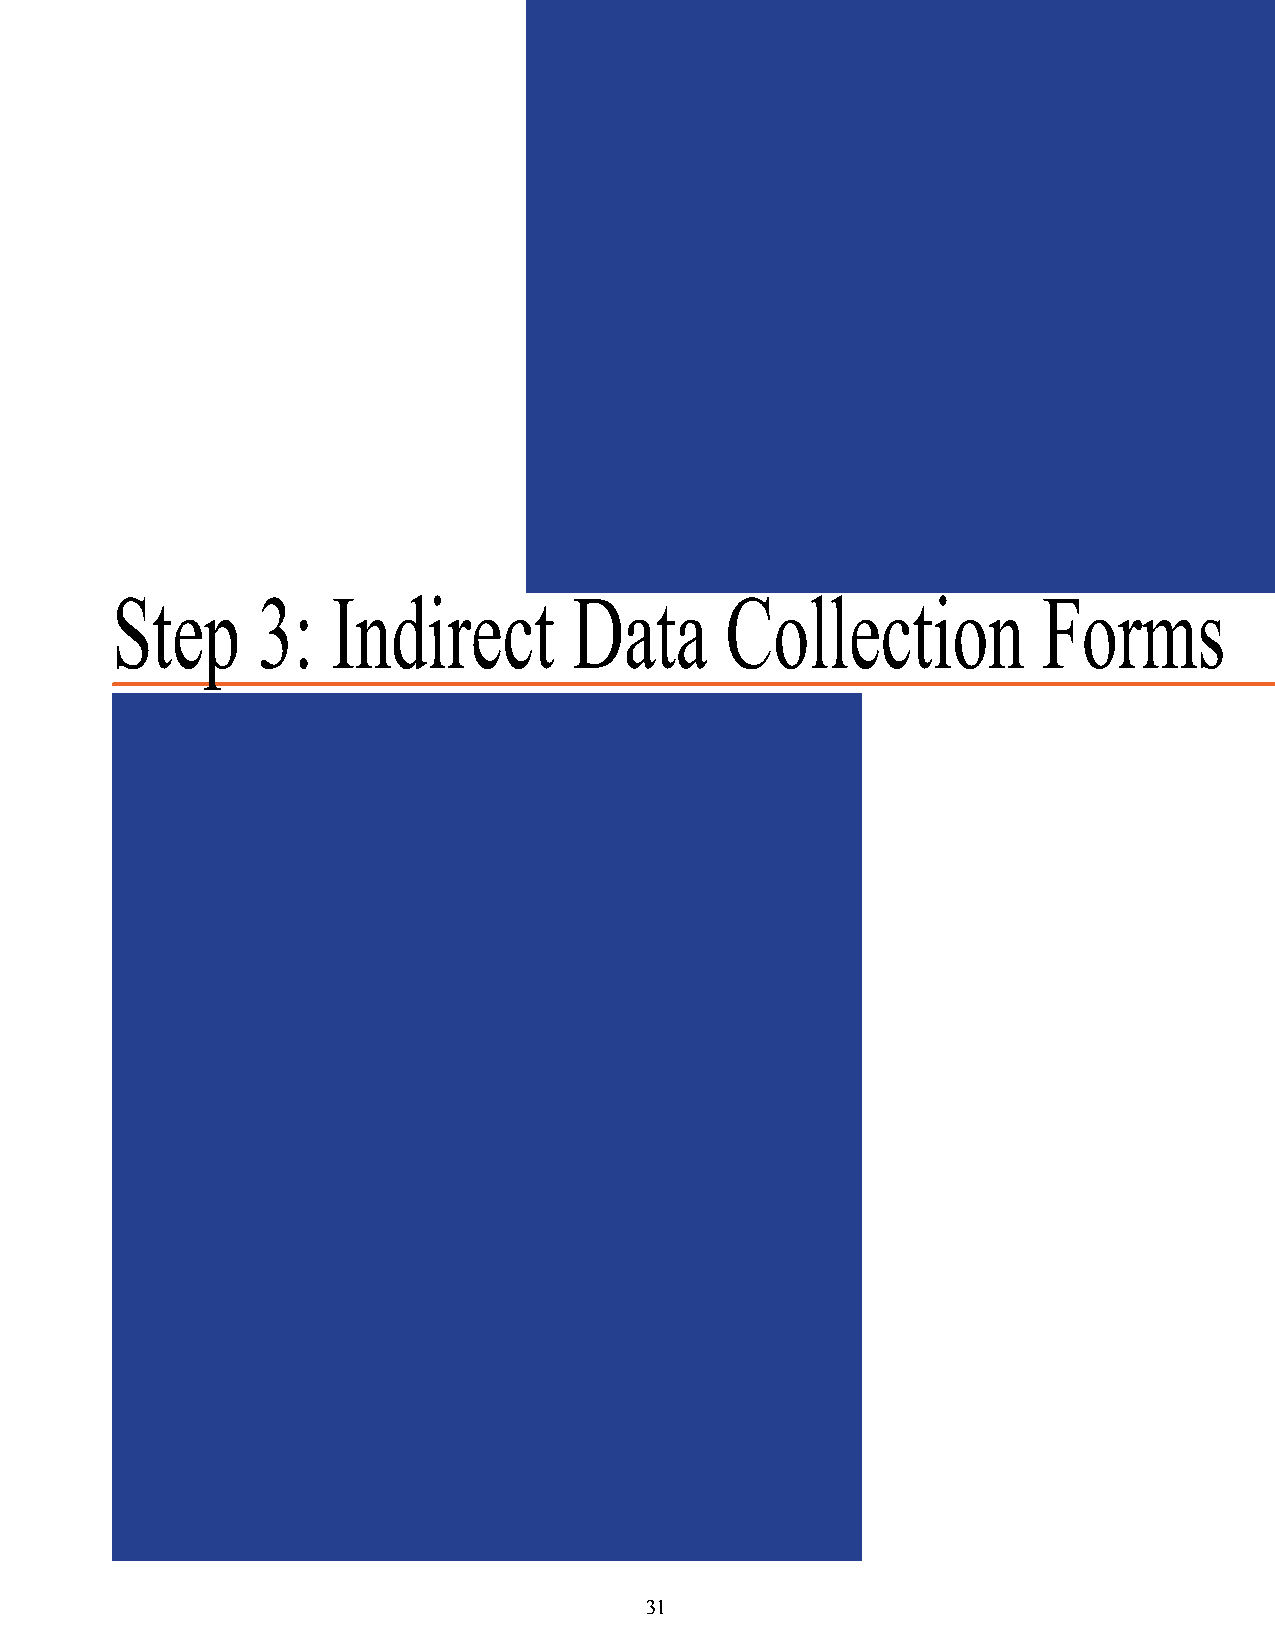
Step      3:   Indirect        Data      Collection           Forms
 31